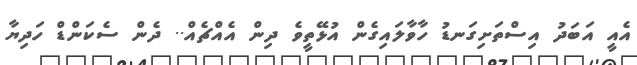
އެއީ އަބަދު އިސްތަށިގަނޑު ހާވާލައިގެން އުޅޭތީވެ ދިން އެއްޗެއް.. ދެން ސެކަންޑް ހަދިޔާ